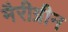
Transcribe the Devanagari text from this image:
मैरीग्रीन